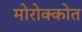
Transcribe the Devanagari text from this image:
मोरोक्कोत